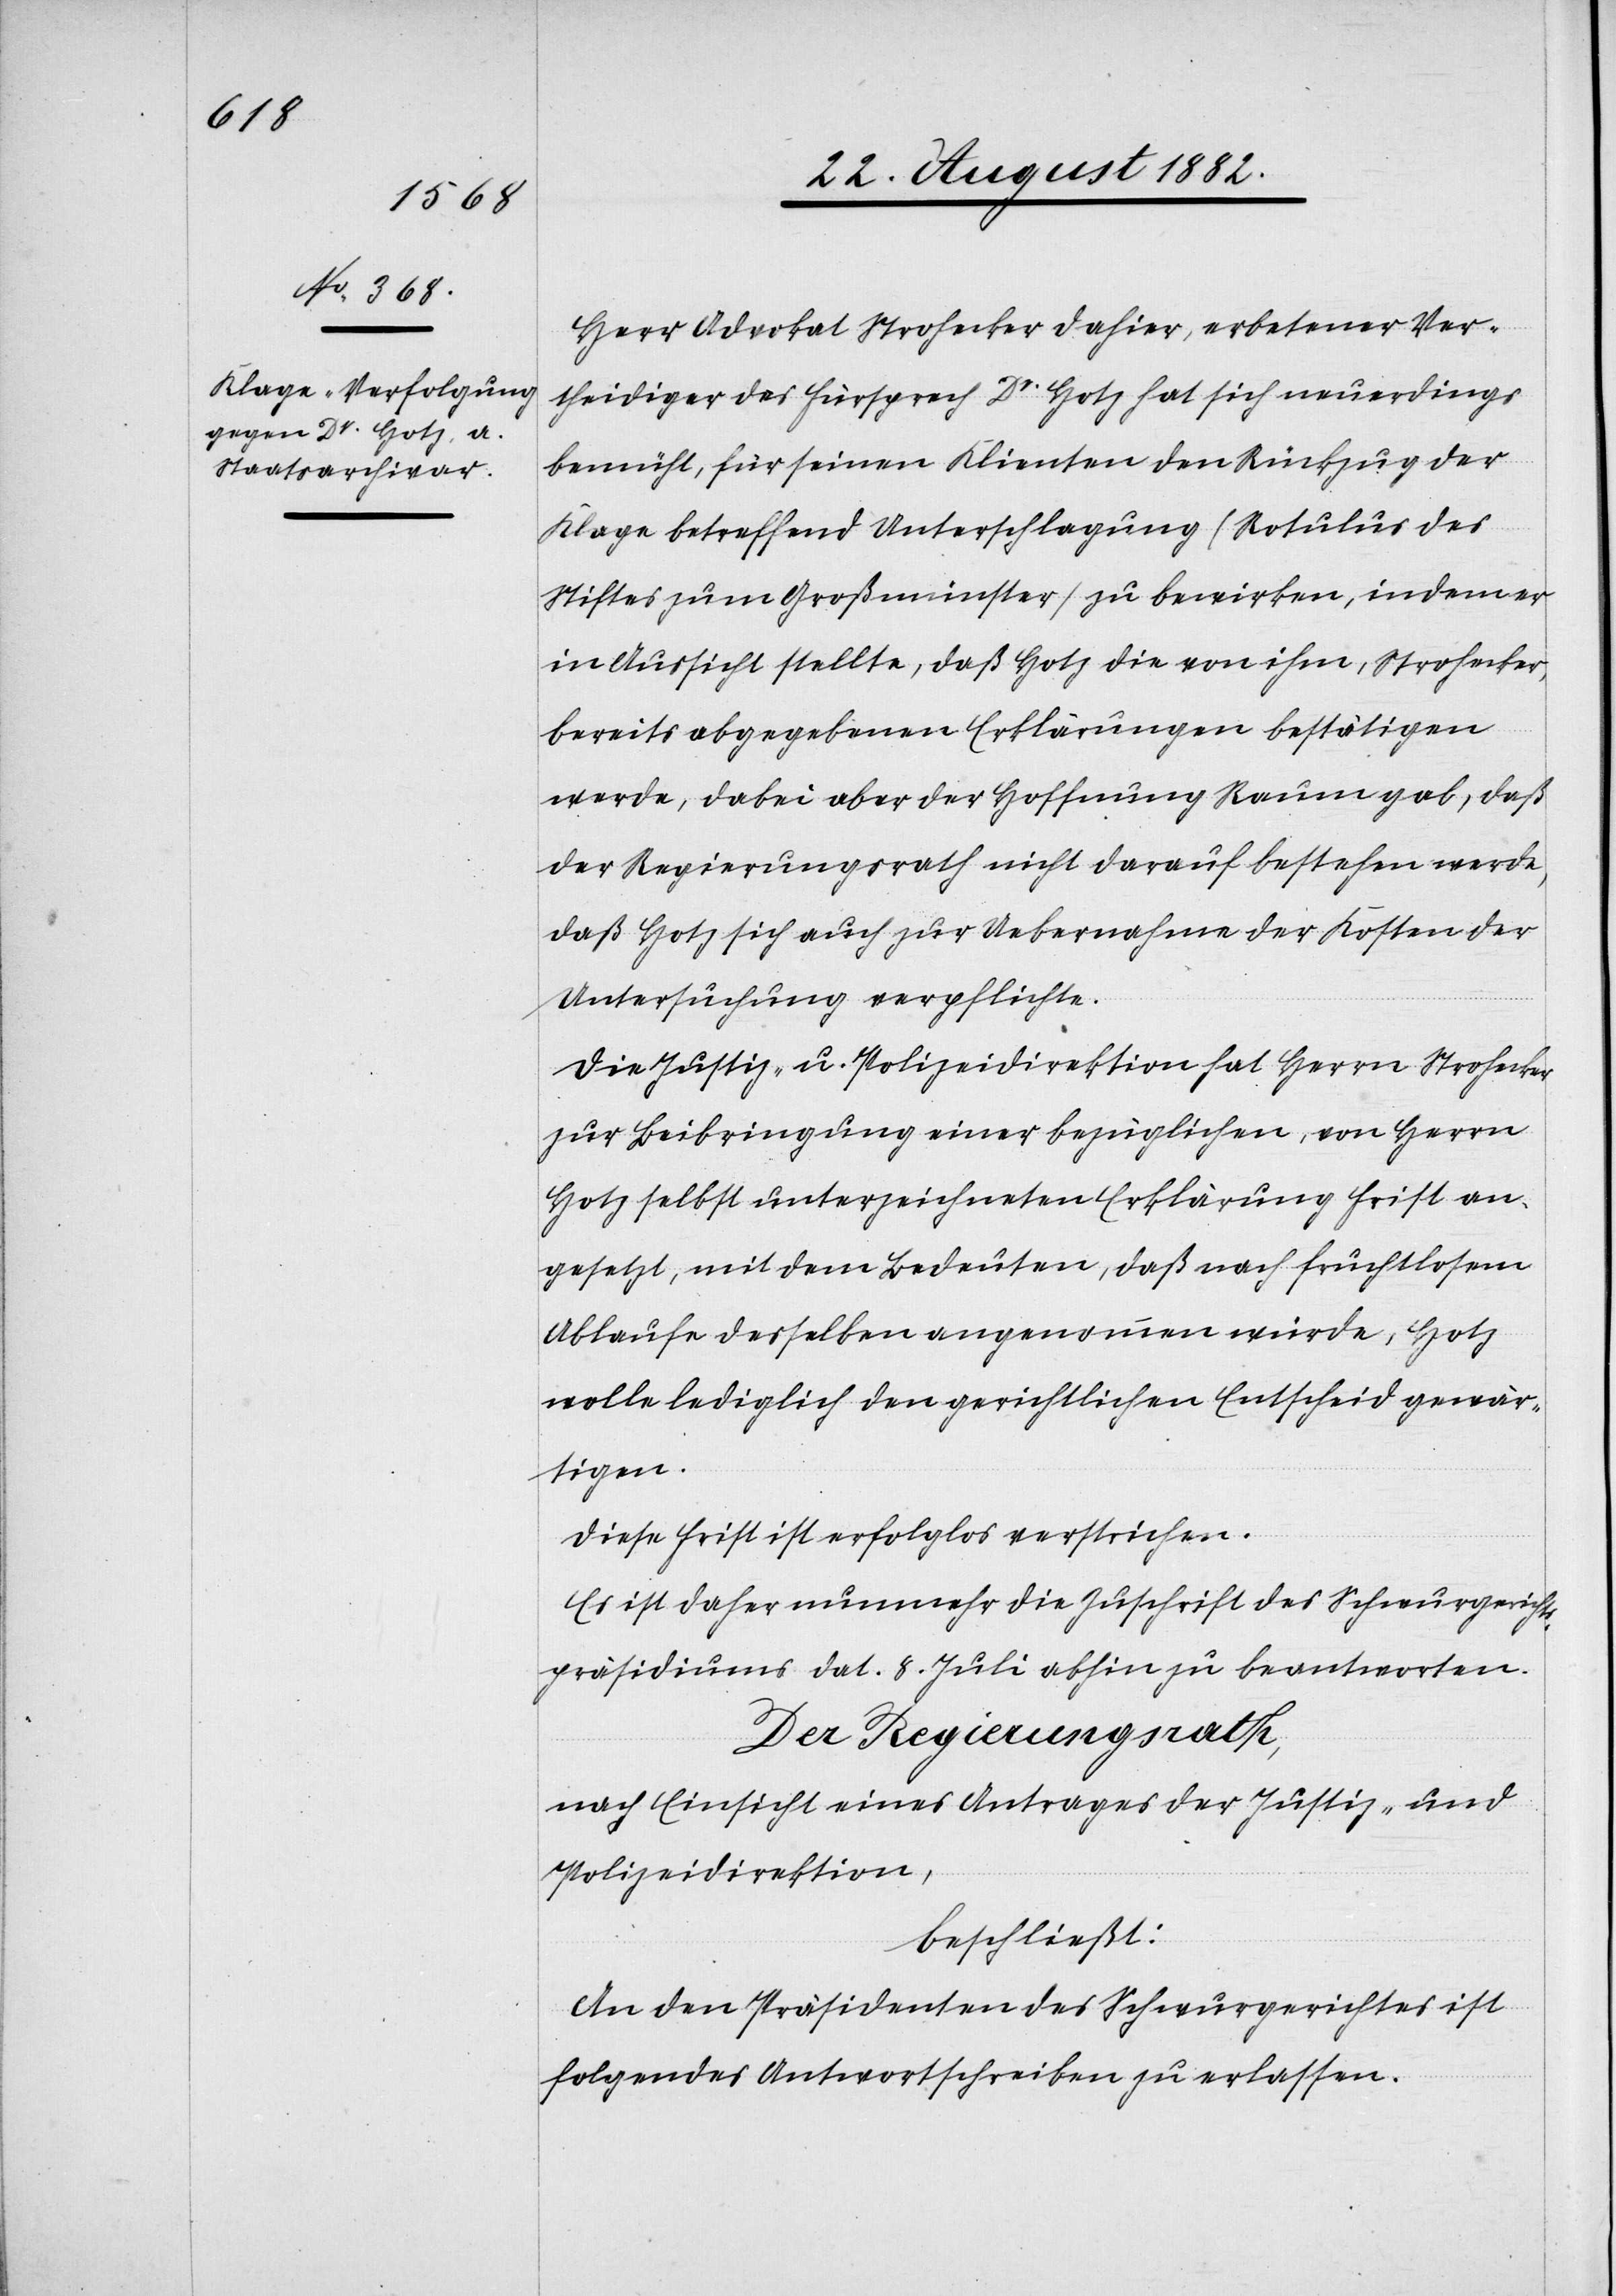
24. August 1882.]
Herr Advokat Strohecker dahier, erbetener Ver¬
theidiger des Fürsprech Dr Hotz hat sich neuerdings
bemüht, für seinen Klienten den Rückzug der
Klage betreffend Unterschlagung (Rotulus des
Stiftes zum Großmünster) zu bewirken, indem er
in Aussicht stellte, daß Hotz die von ihm, Strohecker,
bereits abgegebenen Erklärungen bestätigen
werde, dabei aber der Hoffnung Raum gab, daß
der Regierungsrath nicht darauf bestehen werde,
daß Hotz sich auch zur Uebernahme der Kosten der
Untersuchung verpflichte.
Die Justiz- & Polizeidirektion hat Herrn Strohecker
zur Beibringung einer bezüglichen, von Herren
Hotz selbst unterzeichneten Erklärung Frist an¬
gesetzt, mit dem Bedeuten, daß nach fruchtlosem
Ablaufe desselben [sic!] angenommen würde, Hotz
wolle lediglich den gerichtlichen Entscheid gewär¬
tigen.
Diese Frist ist erfolglos verstrichen.
Es ist daher nunmehr die Zuschrift des Schwurgerichts¬
präsidiums dat. 8. Juli abhin zu beantworten.
Der Regierungsrath,
nach Einsicht eines Antrages der Justiz- &
Polizeidirektion,
beschließt:
An den Präsidenten des Schwurgerichtes ist
folgendes Antwortschreiben zu erlassen.